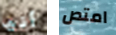
أنها امتص